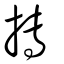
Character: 摶